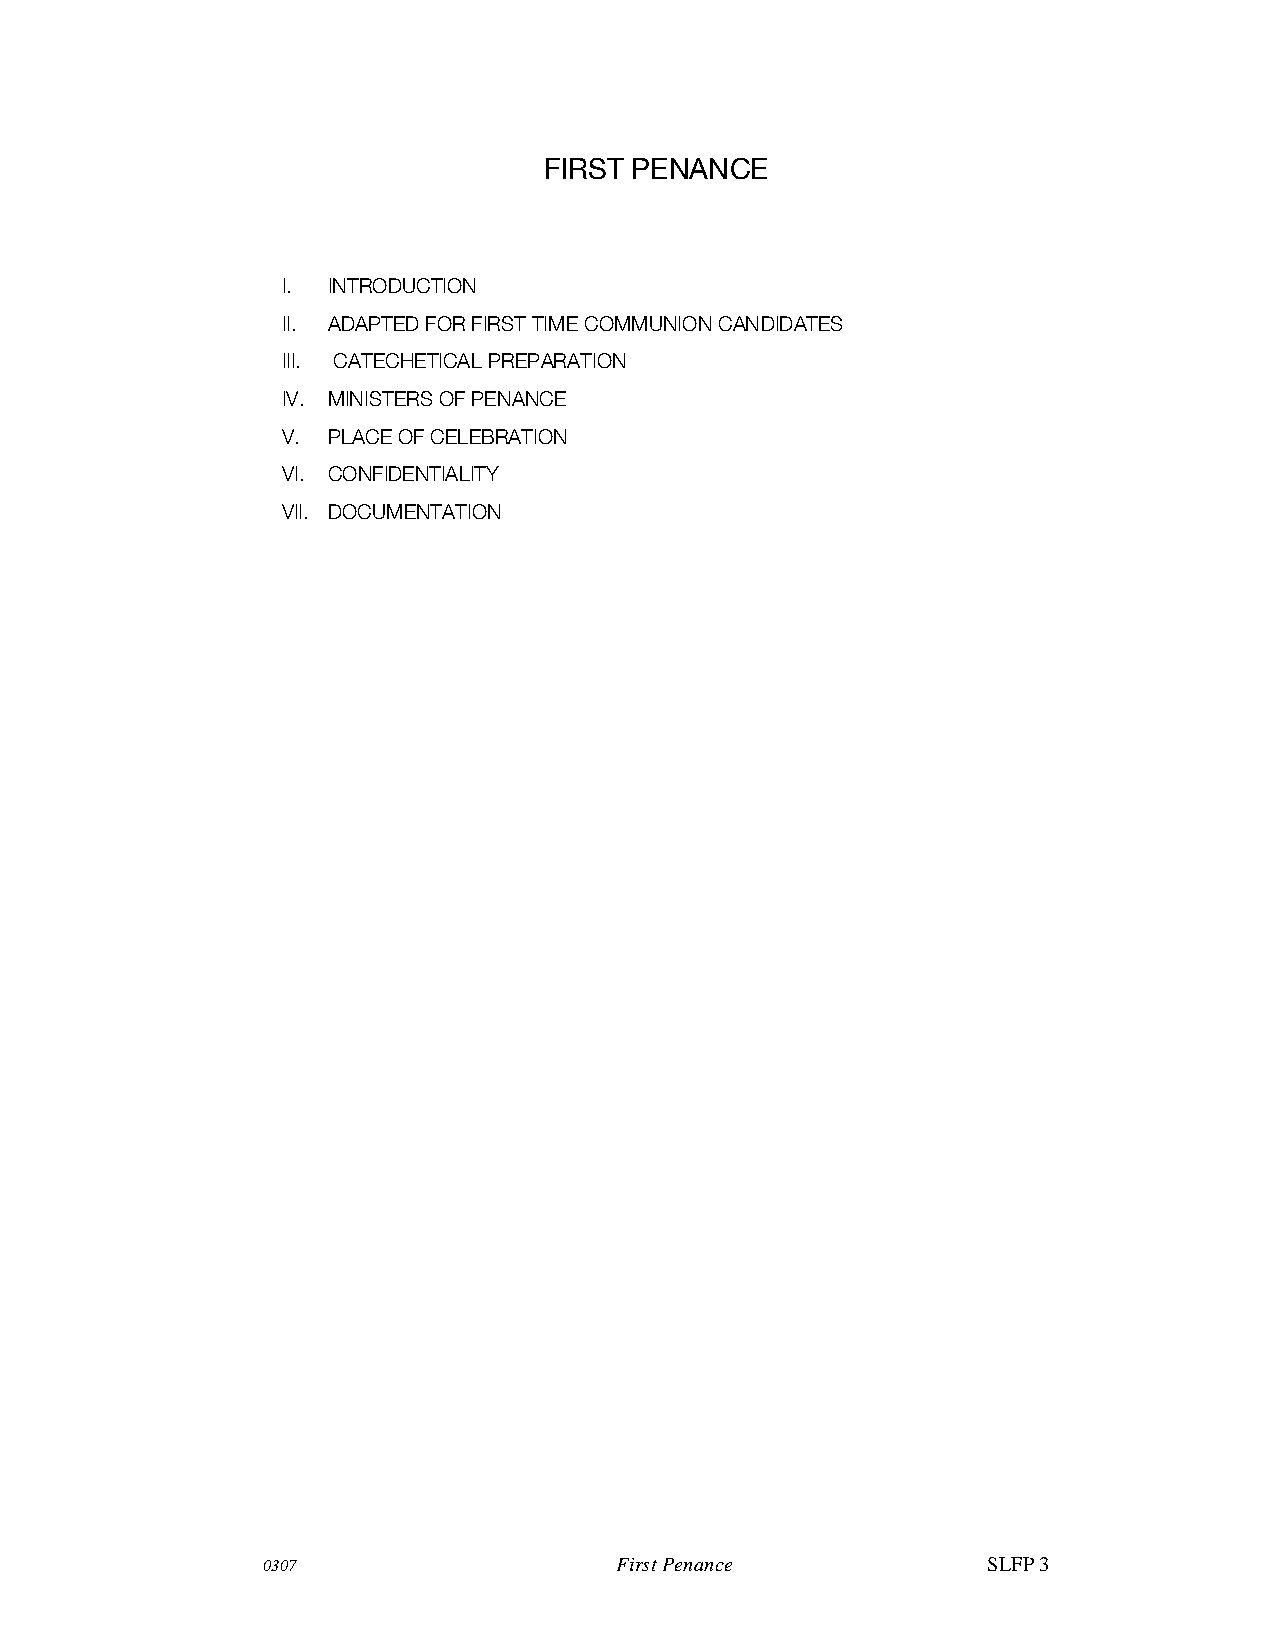
FIRST PENANCE
 I. INTRODUCTION
 II. ADAPTED FOR FIRST TIME COMMUNION CANDIDATES
 III. CATECHETICAL PREPARATION
 IV. MINISTERS OF PENANCE
 V. PLACE OF CELEBRATION
 VI. CONFIDENTIALITY
 VII. DOCUMENTATION
 0307                    First Penance           SLFP 3